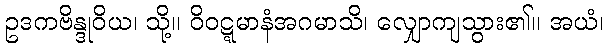
ဥဒကဗိန္ဒုဝိယ၊ သို့။ ဝိဝဋ္ဋမာနံအဂမာသိ၊ လျှောကျသွား၏။ အယံ၊